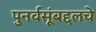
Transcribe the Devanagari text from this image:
पुनर्वसूंबद्दलचे